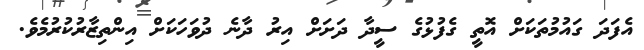
އެފަދަ ގައުމުތަކަށް އޮތީ ގެފުޅުގެ ސީދާ ދަށަށް އިރު ދާނެ ދުވަހަކަށް އިންތިޒާރުކުރުމެވެ.